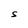
Character: S